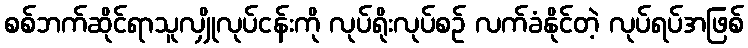
စစ်ဘက်ဆိုင်ရာသူလျှိုလုပ်ငန်းကို လုပ်ရိုးလုပ်စဉ် လက်ခံနိုင်တဲ့ လုပ်ရပ်အဖြစ်